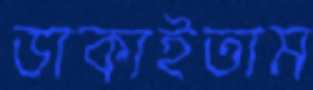
ডাকাইতাম